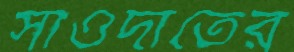
সাওদাতের